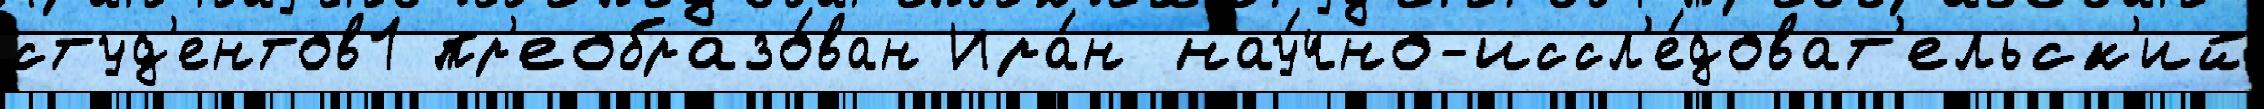
студ'ентов1 пр'еобразо́ван Ира́н нау́чно-иссл'е́доват'ельск'ий